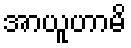
အာယူဟာမိ